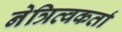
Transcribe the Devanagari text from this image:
नेत्रित्वकर्ता